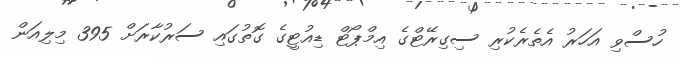
ހުސްވި އަހަރު އެތެރެކުރި ސިގިރޭޓްގެ އިމްޕޯޓް ޑިއުޓީގެ ގޮތުގައި ސަރުކާރަށް 395 މިލިއަން